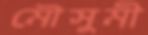
মৌসুমী